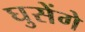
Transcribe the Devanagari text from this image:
घुसेंगे